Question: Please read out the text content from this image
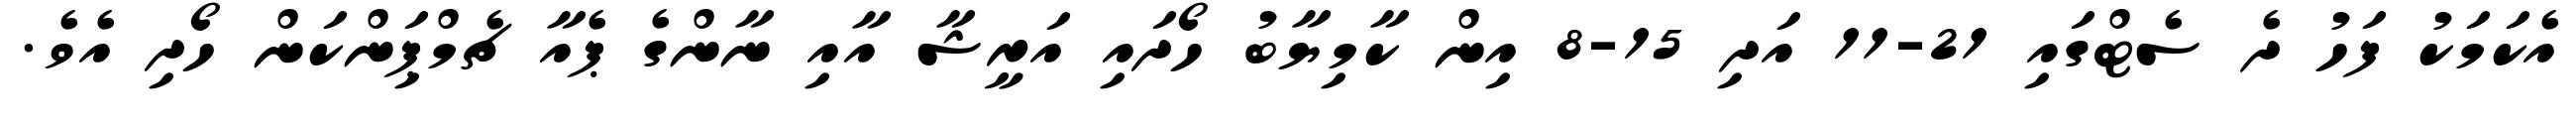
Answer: އެކަމަކު ފަހު ދެ ސެޓްގައި 21-11 އަދި 15-8 އިން ކާމިޔާބު ހޯދައި އަރީޝާ އާއި ނާންގެ ޕެއާ ޗެމްޕިަންކަން ހޯދި އެވެ.